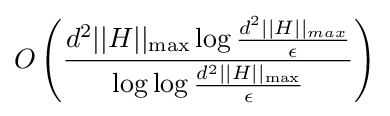
O\left({\frac {d^{2}||H||_{\rm {max}}\log {\frac {d^{2}||H||_{max}}{\epsilon }}}{\log \log {\frac {d^{2}||H||_{\rm {max}}}{\epsilon }}}}\right)